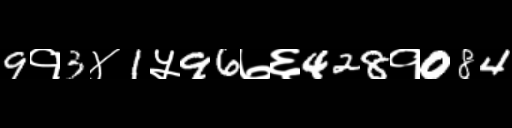
Text: 9१3४1५96७६428१084